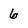
Character: 6